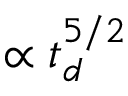
\propto t _ { d } ^ { 5 / 2 }